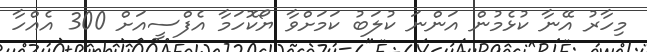
މިހާރު އޭނާ ކުޅެމުން އަންނަ ކުލަބު ކަމަށްވާ ޔޯކޮހަމާ އެފްސީއަށް 300 އެއްހާ